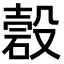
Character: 𥔳